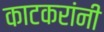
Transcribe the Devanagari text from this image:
काटकरांनी